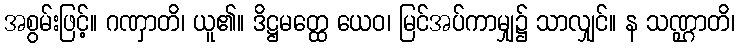
အစွမ်းဖြင့်။ ဂဏှာတိ၊ ယူ၏။ ဒိဋ္ဌမတ္ထေ ယေဝ၊ မြင်အပ်ကာမျှ၌ သာလျှင်။ န သဏ္ဌာတိ၊